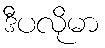
ဒီပလိုမာ